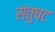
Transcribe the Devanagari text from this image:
संतुषट